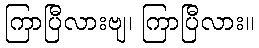
ကြာပြီလားဗျ၊ ကြာပြီလား။